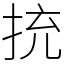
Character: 㧤